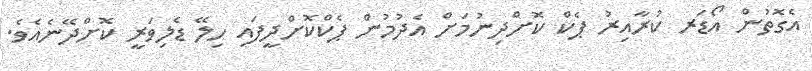
އެގޮތުން އޯޑަރ ކުރާއިރު ޕެކް ކޮށްދިނުމަށް އެދުމުން ޕެކްކޮށްދީފައި ހިލޭ ޑެލިވަރީ ކޮށްދޭނެއެވެ.